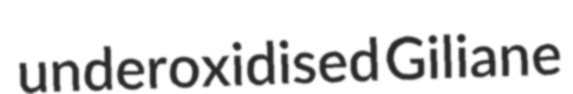
underoxidised Giliane